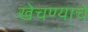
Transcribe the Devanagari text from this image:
खेचण्याचे